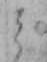
ミ